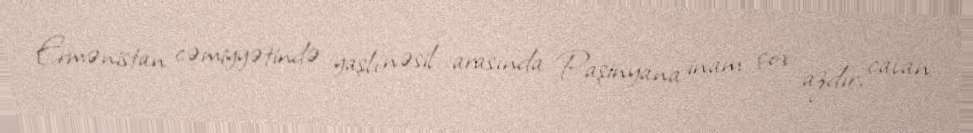
Ermənistan cəmiyyətində yaşlı nəsil arasında Paşinyana inam çox azdır, cavan